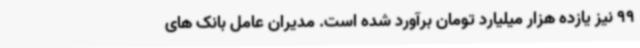
99 نیز یازده هزار میلیارد تومان برآورد شده است. مدیران عامل بانک های